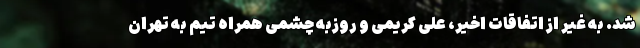
شد. به غیر از اتفاقات اخیر، علی کریمی و روزبه چشمی همراه تیم به تهران